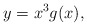
\begin{align*} y=x^3g(x),\end{align*}